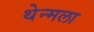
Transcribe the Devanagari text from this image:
थेन्मला